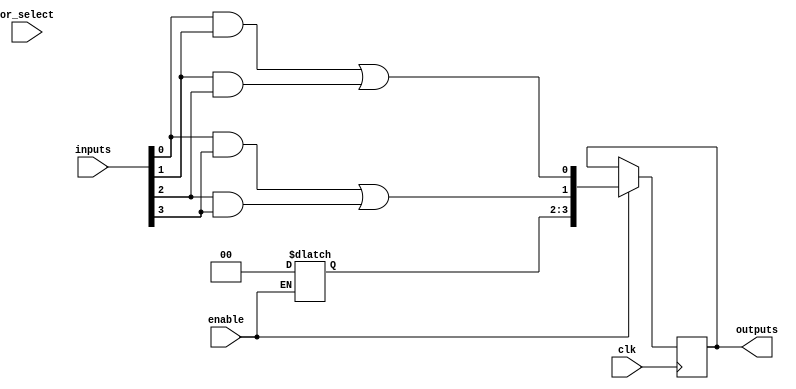
module clb (
    input wire [N-1:0] inputs,        // External input signals
    input wire [M-1:0] or_select,     // OR gate selection signals
    input wire enable,                 // Enable signal
    input wire clk,                    // Clock signal for synchronous operation
    output reg [P-1:0] outputs         // Output signals
);
    parameter N = 8;                  // Number of inputs
    parameter M = 16;                 // Number of AND gates
    parameter P = 4;                  // Number of outputs

    // Programmable AND plane
    wire [M-1:0] and_outputs;         // Outputs from AND gates
    reg [N-1:0] and_inputs [M-1:0];   // Inputs for each AND gate

    // OR plane outputs
    reg [P-1:0] or_outputs;           // Outputs from OR gates

    // Feedback mechanism
    reg [N-1:0] feedback;             // Feedback input

    // Configuration of AND gates with inputs
    always @* begin
        // Example configuration of AND gates
        // This can be modified based on the desired logic function
        and_outputs[0] = inputs[0] & inputs[1];
        and_outputs[1] = inputs[1] & inputs[2];
        and_outputs[2] = inputs[0] & inputs[3];
        and_outputs[3] = inputs[2] & inputs[3];

        // Additional AND gates can be added here
        // and_outputs[4] to and_outputs[M-1] must be defined based on required logic
    end

    // OR Plane Implementation
    always @* begin
        if (enable) begin
            or_outputs[0] = and_outputs[0] | and_outputs[1];
            or_outputs[1] = and_outputs[2] | and_outputs[3];
            // Additional OR gates implementations can be added here
        end else begin
            or_outputs = 0; // Outputs disabled when enable is low
        end
    end

    // Output Logic
    always @(posedge clk) begin
        if (enable) begin
            outputs <= or_outputs; // Update outputs on the clock edge
        end
    end

    // Power management (for demonstration purposes)
    always @(posedge clk) begin
        // Power management logic could go here
        // e.g., putting the CLB in low power mode when not in use
    end

endmodule